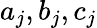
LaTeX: a_{j},b_{j},c_{j}